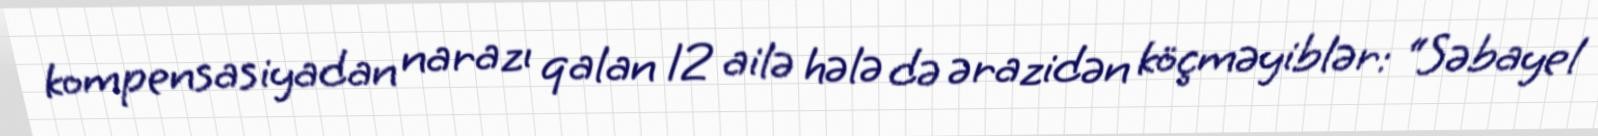
kompensasiyadan narazı qalan 12 ailə hələ də ərazidən köçməyiblər: “Səbayel